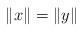
\begin{align*}\Vert x \Vert = \Vert y \Vert \\\end{align*}